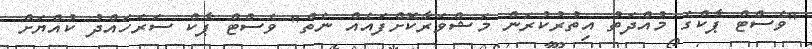
"ވެސްޓް ޕާކްގެ މުއްދަތު އިތުރުކުރަން މަޝްވަރާކޮށްފައެއް ނެތް" ވެސްޓް ޕާކް ސަރަހައްދު ކުއްޔަށް